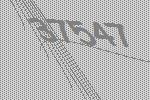
37547